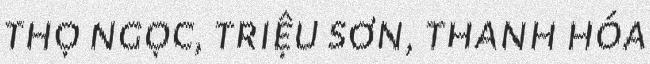
thọ ngọc, triệu sơn, thanh hóa